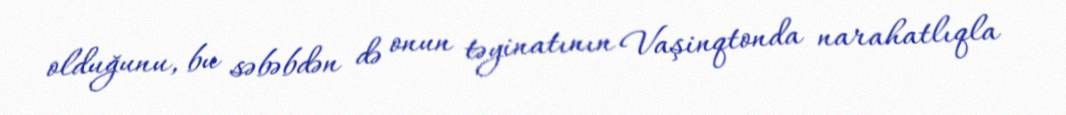
olduğunu, bu səbəbdən də onun təyinatının Vaşinqtonda narahatlıqla